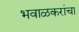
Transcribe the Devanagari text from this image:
भवाळकरांचा